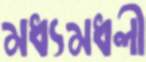
মধ্যমধলী